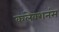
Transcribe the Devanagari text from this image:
कलेक्शनंस